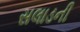
સલાડની